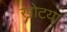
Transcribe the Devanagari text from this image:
खोटया